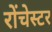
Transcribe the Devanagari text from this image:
रोंचेस्टर